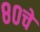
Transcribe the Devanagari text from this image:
८०चे